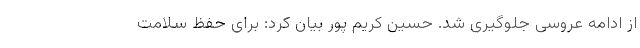
از ادامه عروسی جلوگیری شد. حسین کریم پور بیان کرد: برای حفظ سلامت